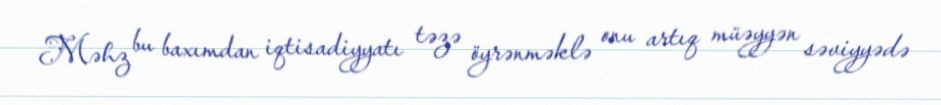
Məhz bu baxımdan iqtisadiyyatı təzə öyrənməklə onu artıq müəyyən səviyyədə